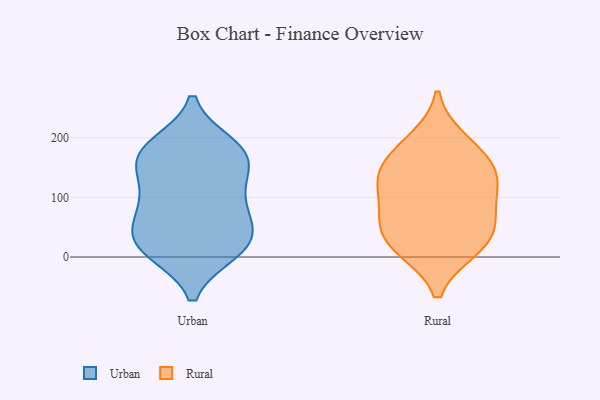
{"axis": {"x": "Gross Profit (USD K)", "y": "Value"}, "legend": ["Rural", "Urban"], "data": [{"x": "", "y": 81, "type": "Urban"}, {"x": "", "y": 162, "type": "Urban"}, {"x": "", "y": 186, "type": "Urban"}, {"x": "", "y": 70, "type": "Urban"}, {"x": "", "y": 30, "type": "Urban"}, {"x": "", "y": 171, "type": "Urban"}, {"x": "", "y": 100, "type": "Urban"}, {"x": "", "y": 18, "type": "Urban"}, {"x": "", "y": 11, "type": "Urban"}, {"x": "", "y": 173, "type": "Urban"}, {"x": "", "y": 35, "type": "Urban"}, {"x": "", "y": 119, "type": "Urban"}, {"x": "", "y": 168, "type": "Urban"}, {"x": "", "y": 16, "type": "Urban"}, {"x": "", "y": 60, "type": "Rural"}, {"x": "", "y": 195, "type": "Rural"}, {"x": "", "y": 140, "type": "Rural"}, {"x": "", "y": 15, "type": "Rural"}, {"x": "", "y": 143, "type": "Rural"}, {"x": "", "y": 104, "type": "Rural"}, {"x": "", "y": 36, "type": "Rural"}, {"x": "", "y": 67, "type": "Rural"}, {"x": "", "y": 15, "type": "Rural"}, {"x": "", "y": 124, "type": "Rural"}, {"x": "", "y": 173, "type": "Rural"}]}